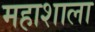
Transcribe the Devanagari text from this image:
महाशाला